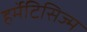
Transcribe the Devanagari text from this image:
हर्मेटिसिज्म